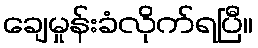
ချေမှုန်းခံလိုက်ရပြီ။